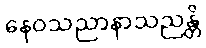
နေဝသညာနာသညန္တိ